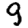
Digit: 9